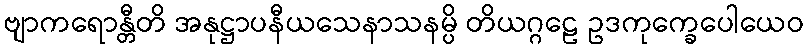
ဗျာကရောန္တီတိ အနုဋ္ဌာပနီယသေနာသနမ္ပိ တိယဂ္ဂဠေ ဥဒကုက္ခေပေါယေဝ